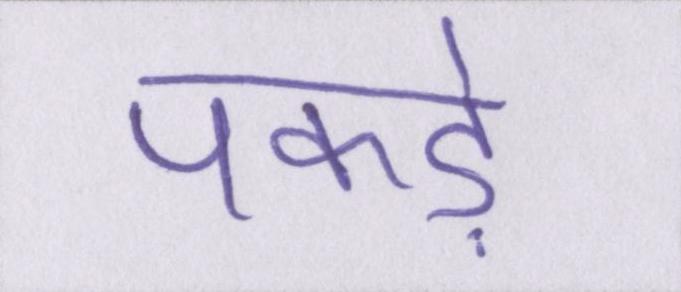
पकड़े